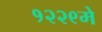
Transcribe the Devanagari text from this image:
१२२९मे